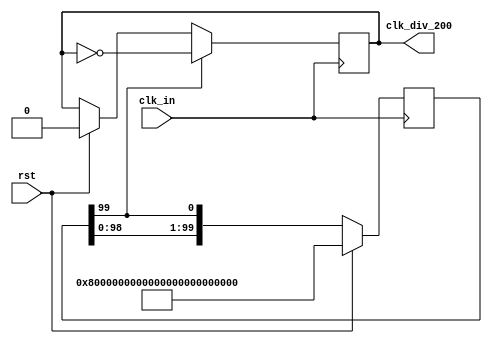
`timescale 1ns / 1ps
//////////////////////////////////////////////////////////////////////////////////
// Company: 
// Engineer: 
// 
// Design Name: 
// Module Name:    clock_div_hundred 
// Project Name: 
// Target Devices: 
// Tool versions: 
// Description: 
//
// Dependencies: 
//
// Revision: 
// Revision 0.01 - File Created
// Additional Comments: 
//
//////////////////////////////////////////////////////////////////////////////////
module clock_div_hundred(
    input clk_in,
    input rst,
    output reg clk_div_200
    );
 
reg [99:0] Q;
always @ (posedge clk_in)
begin
	if (rst)
	begin
		Q <= {1'b1,{99{1'b0}}};
	end
	else
		Q <= {Q[98:0],Q[99]};
end
always @ (posedge clk_in)
begin
	if (rst)
		clk_div_200 <= 0;
	if(Q[99])
		clk_div_200 <= ~clk_div_200;
end

endmodule